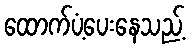
ထောက်ပံ့ပေးနေသည့်